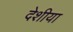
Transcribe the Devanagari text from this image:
देशीया